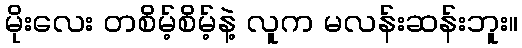
မိုးလေး တစိမ့်စိမ့်နဲ့ လူက မလန်းဆန်းဘူး။